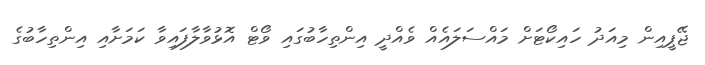
ޖޭޕީއިން މިއަދު ހައިކޯޓަށް މައްސަލައެއް ވެއްދީ އިންތިހާބުގައި ވޯޓް އޮޅުވާލާފައިވާ ކަމަށާއި އިންތިހާބުގެ